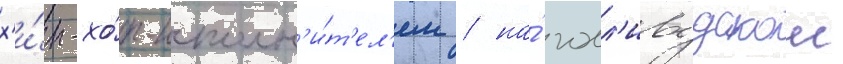
х'и́п-хо́п-исполн'и́т'ел'ем / на́ голл'ивудскои